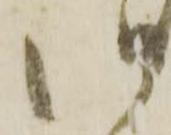
い